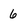
Character: 6